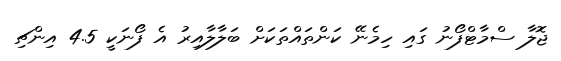
ޖޮލާ ސްމާޓްފޯނު ގައި ހިމެނޭ ކަންތައްތަކަށް ބަލާލާއިރު އެ ފޯނަކީ 4.5 އިންޗި